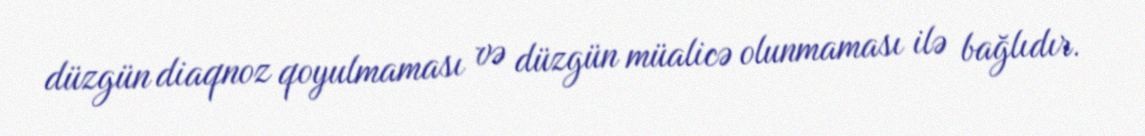
düzgün diaqnoz qoyulmaması və düzgün müalicə olunmaması ilə bağlıdır.